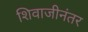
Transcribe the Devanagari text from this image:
शिवाजीनंतर